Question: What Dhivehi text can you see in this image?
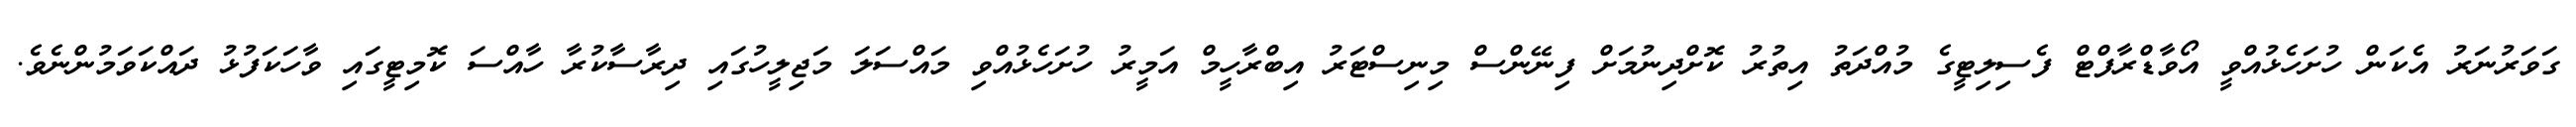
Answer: ގަވަރުނަރު އެކަން ހުށަހެޅުއްވީ އޯވާޑްރާފްޓް ފެސިލިޓީގެ މުއްދަތު އިތުރު ކޮށްދިނުމަށް ފިނޭންސް މިނިސްޓަރު އިބްރާހީމް އަމީރު ހުށަހެޅުއްވި މައްސަލަ މަޖިލީހުގައި ދިރާސާކުރާ ހާއްސަ ކޮމިޓީގައި ވާހަކަފުޅު ދައްކަވަމުންނެވެ.